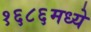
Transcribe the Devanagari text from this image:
१६८६मध्ये